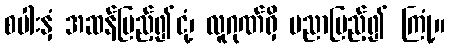
စပါးနှံ အဆန်ပြည့်၍ငုံ့၊ လူဂုဏ်ရှိ ပညာပြည့်၍ ကြုံ့။